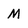
Character: M